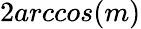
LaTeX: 2arccos(m)